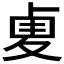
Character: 𠧺